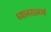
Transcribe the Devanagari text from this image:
ध्यानसामर्थ्य